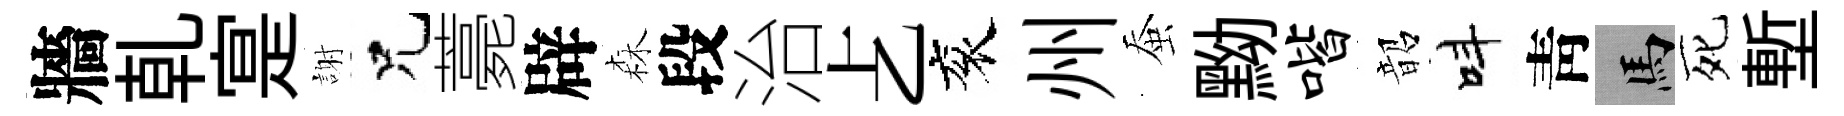
牆乹寔謝兄薧辟森段治𠧒衮州蚕黝喈韶呌靑馬死塹